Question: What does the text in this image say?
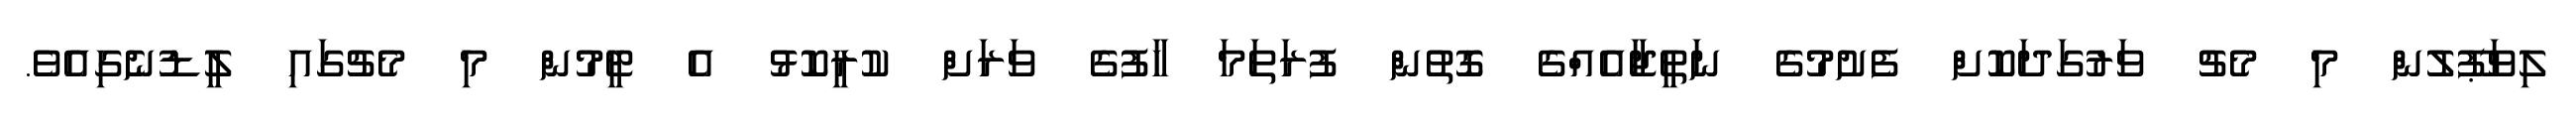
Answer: ލިވަޕޫލުން މި މެޗު ވަރުގަދަކޮށް ފެށުމުގެ ނަތީޖާއެއްގެ ގޮތުން ފުރަތަމަ ހާފުގެ ވަރަށް ކުރީކޮޅު އެ ޓީމުން މި މެޗުގައި ލީޑުނެގިއެވެ.